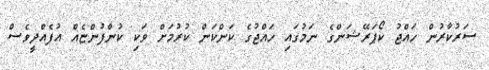
ސަރުކާރުން ހައްޖު ކޯޕަރޭޝަންގެ ނަމުގައި ހައްޖުގެ ކަންކަން ކުރުމަށް ވަކި ކުންފުންޏެއް އުފެއްދީވެސް